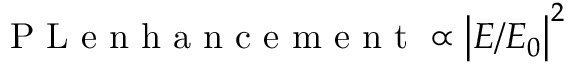
\mathrm { ~ P ~ L ~ e ~ n ~ h ~ a ~ n ~ c ~ e ~ m ~ e ~ n ~ t ~ } \propto { { \left| E / E _ { 0 } \right| } ^ { 2 } }